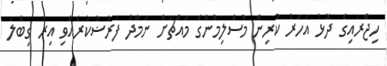
ހިޖްރައިގެ ދޮޅު އަހަރު ކުރިން މުސްލިމުންގެ މައްޗަށް ނަމާދު ފަރުޟުކުރެއްވި އިރު ގިބްލަ